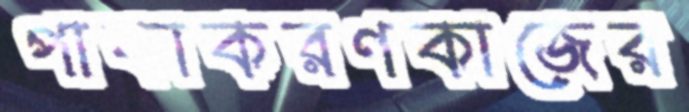
পাকাকরণকাজের